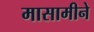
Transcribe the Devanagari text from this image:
मासामीने